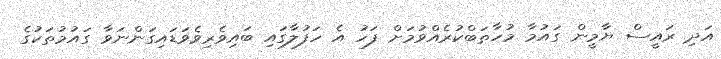
އަދި ރައީސް ޔާމީން ގައުމާ މުހާތަބްކުރެއްވުމަށް ފަހު އެ ހަފުލާގައި ބައިވެރިވެވަޑައިގަންނަވާ ގައުމުތަކުގެ